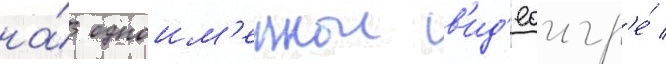
на́ одноим'еннои в'ид'еоигр'е́ /